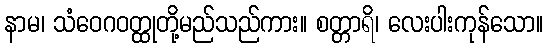
နာမ၊ သံဝေဂဝတ္ထုတို့မည်သည်ကား။ စတ္တာရိ၊ လေးပါးကုန်သော။